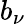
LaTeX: b_{\nu}